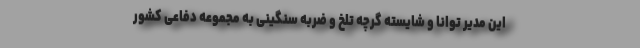
این مدیر توانا و شایسته گرچه تلخ و ضربه سنگینی به مجموعه دفاعی کشور